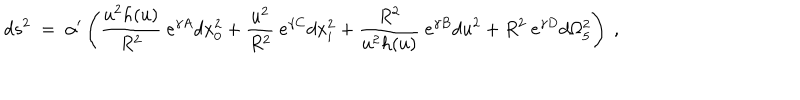
d s ^ { 2 } ~ = ~ \alpha ^ { \prime } \left( \frac { u ^ { 2 } h ( u ) } { R ^ { 2 } } ~ e ^ { \gamma A } d x _ { 0 } ^ { 2 } + \frac { u ^ { 2 } } { R ^ { 2 } } ~ e ^ { \gamma C } d x _ { i } ^ { 2 } + \frac { R ^ { 2 } } { u ^ { 2 } h ( u ) } ~ e ^ { \gamma B } d u ^ { 2 } + R ^ { 2 } ~ e ^ { \gamma D } d \Omega _ { 5 } ^ { 2 } \right) ~ ,